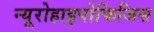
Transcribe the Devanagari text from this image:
न्यूरोहाइपोफिजिस